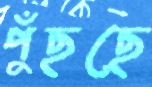
পুঁছছে